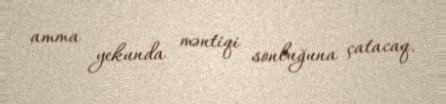
amma yekunda məntiqi sonluğuna çatacaq.